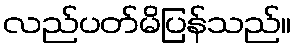
လည်ပတ်မိပြန်သည်။